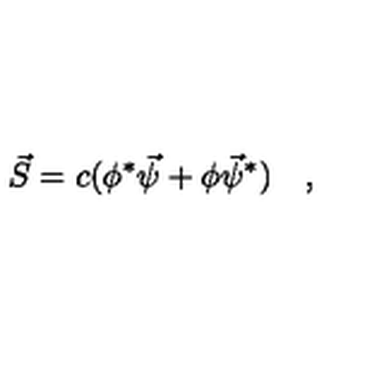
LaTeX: \vec { S } = c ( \phi ^ { * } \vec { \psi } + \phi \vec { \psi } ^ { * } ) \quad ,